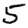
Digit: 5